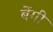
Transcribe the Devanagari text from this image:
बेंगी